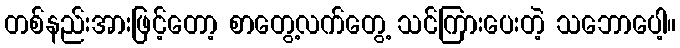
တစ်နည်းအားဖြင့်တော့ စာတွေ့လက်တွေ့ သင်ကြားပေးတဲ့ သဘောပေါ့။